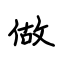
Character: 做